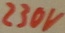
Text: 230V